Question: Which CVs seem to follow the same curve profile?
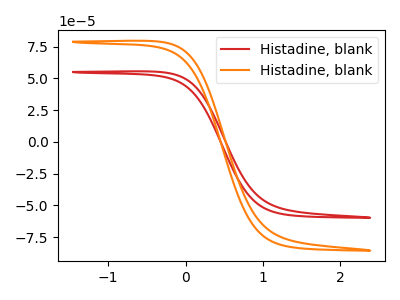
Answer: <think>The red curve "Histadine, blank1" has no peaks. The orange curve "Histadine, blank2" has no peaks.
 Neither "Histadine, blank1" or "Histadine, blank2" have any peaks.</think>
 <answer>"Histadine, blank1" and "Histadine, blank2" have the same shape and are likely CV's of the same chemical.</answer>
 <eval>"Histadine, blank1" "Histadine, blank2"</eval>